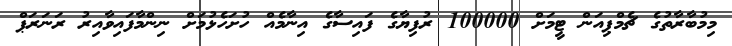
މިމުބާރާތުގެ ޗެމްޕިއަން ޓީމަށް 100000 ރުފިޔާގެ ފައިސާގެ އިނާމެއް ހުށަހެޅުމަށް ނިންމާފައިވާއިރު ރަނަރަޕް